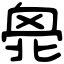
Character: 𠤣